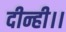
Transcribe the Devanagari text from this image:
दीन्ही।।